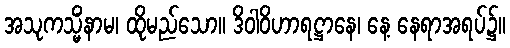
အသုကသ္မိံနာမ၊ ထိုမည်သော။ ဒိဝါဝိဟာရဋ္ဌာနေ၊ နေ့ နေရာအရပ်၌။